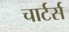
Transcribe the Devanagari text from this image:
चार्टर्स